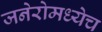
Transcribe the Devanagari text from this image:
जनेरोमध्येच